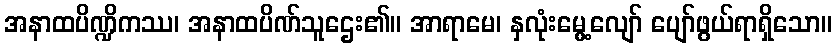
အနာထပိဏ္ဍိကဿ၊ အနာထပိဏ်သူဌေး၏။ အာရာမေ၊ နှလုံးမွေ့လျော် ပျော်ဖွယ်ရာရှိသော။